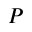
P